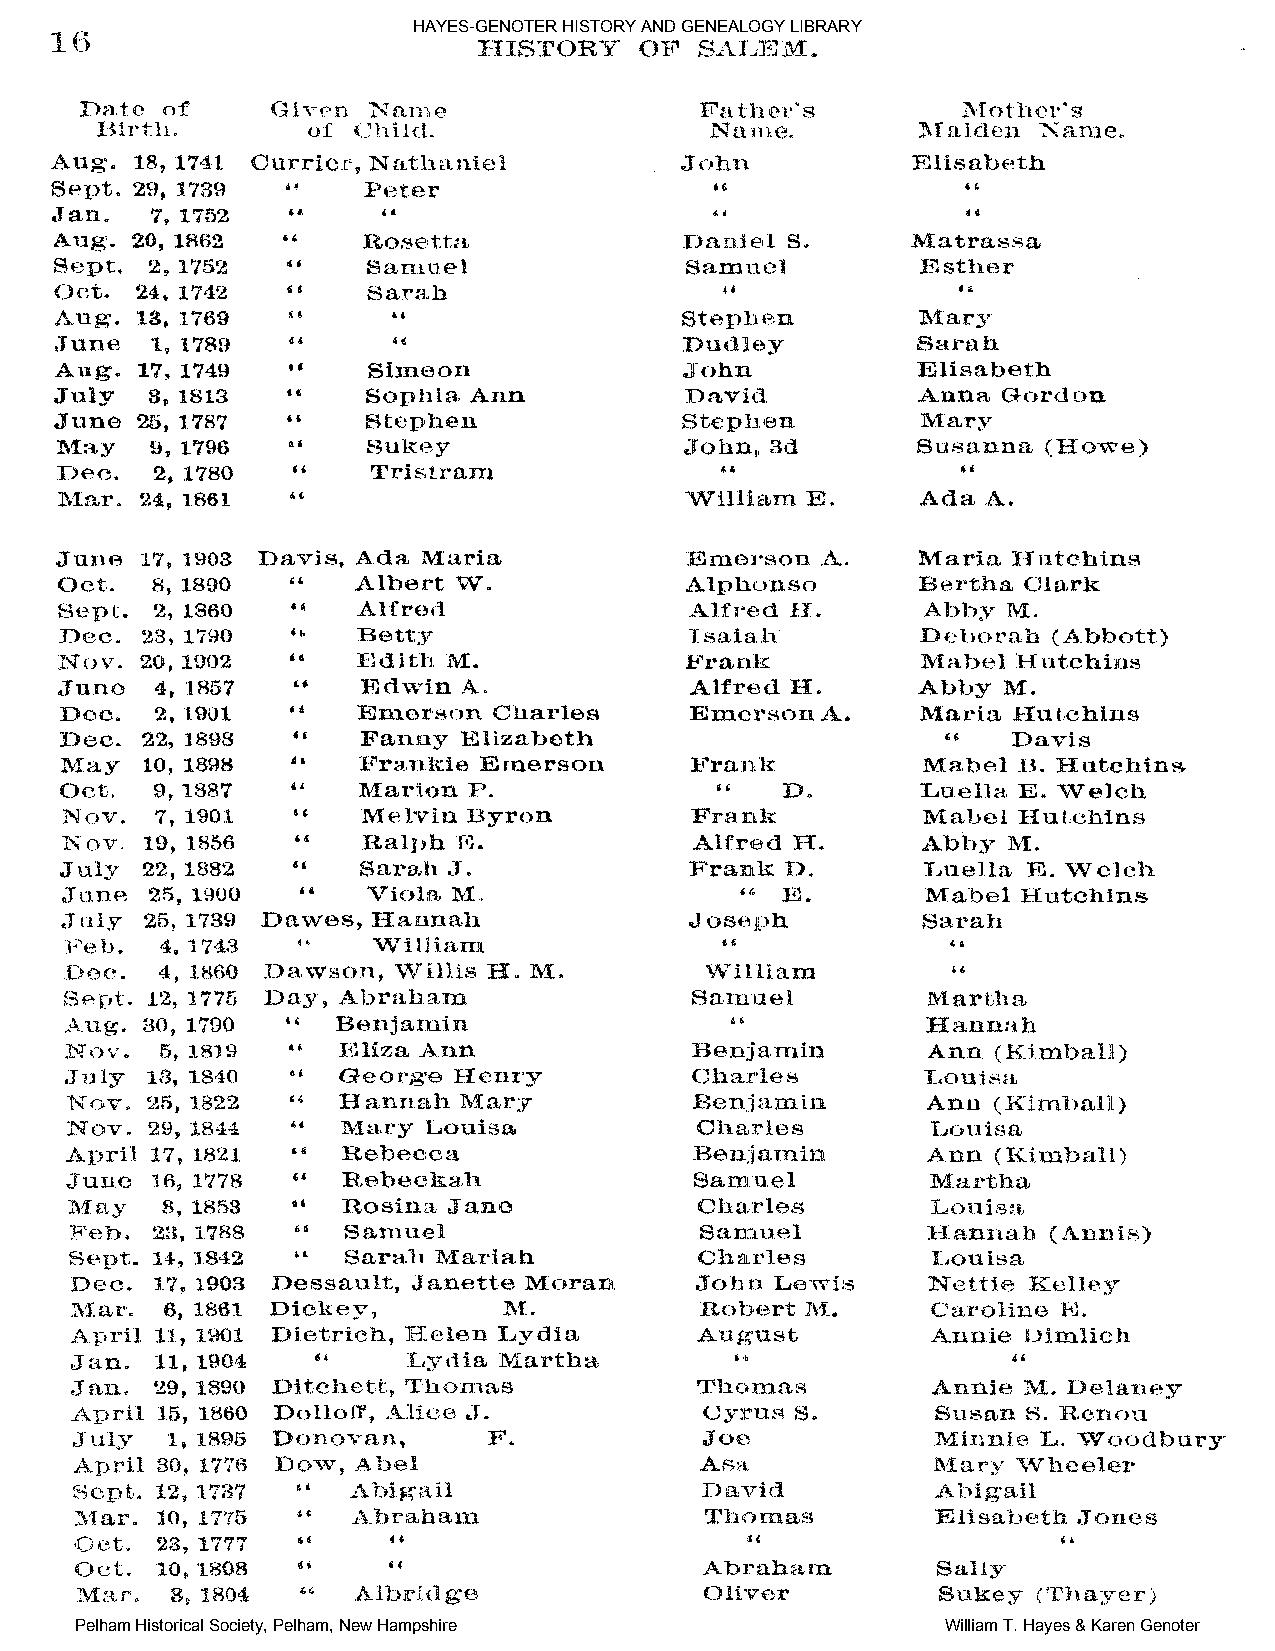
HAYES-GENOTER HISTORY AND GENEALOGY LIBRARY
 Pelham Historical Society, Pelham, New Hampshire          William T. Hayes & Karen Genoter